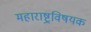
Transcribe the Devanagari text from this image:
महाराष्ट्रविषयक